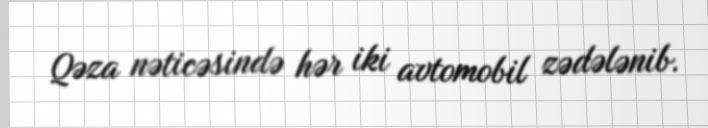
Qəza nəticəsində hər iki avtomobil zədələnib.